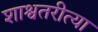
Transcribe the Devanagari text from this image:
शाश्वतरीत्या